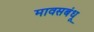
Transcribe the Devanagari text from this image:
मावसबंधू